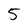
Character: 5